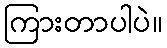
ကြားတာပါပဲ။